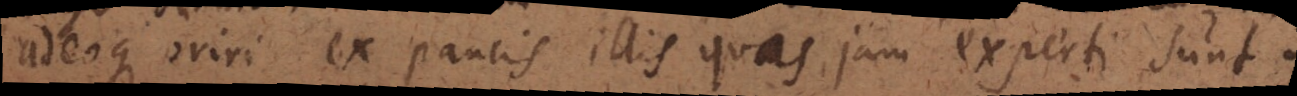
adeoque oriri ex paucis illis quas jam experti sunt.